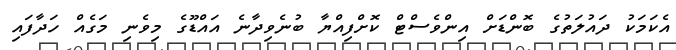
އެކަމަކު ދައުލަތުގެ ބޮންޑަށް އިންވެސްޓް ކޮށްފިއްޔާ ބުނެވިދާނެ އައްޑޫގެ މިވެނި މަގެއް ހަދާފައި